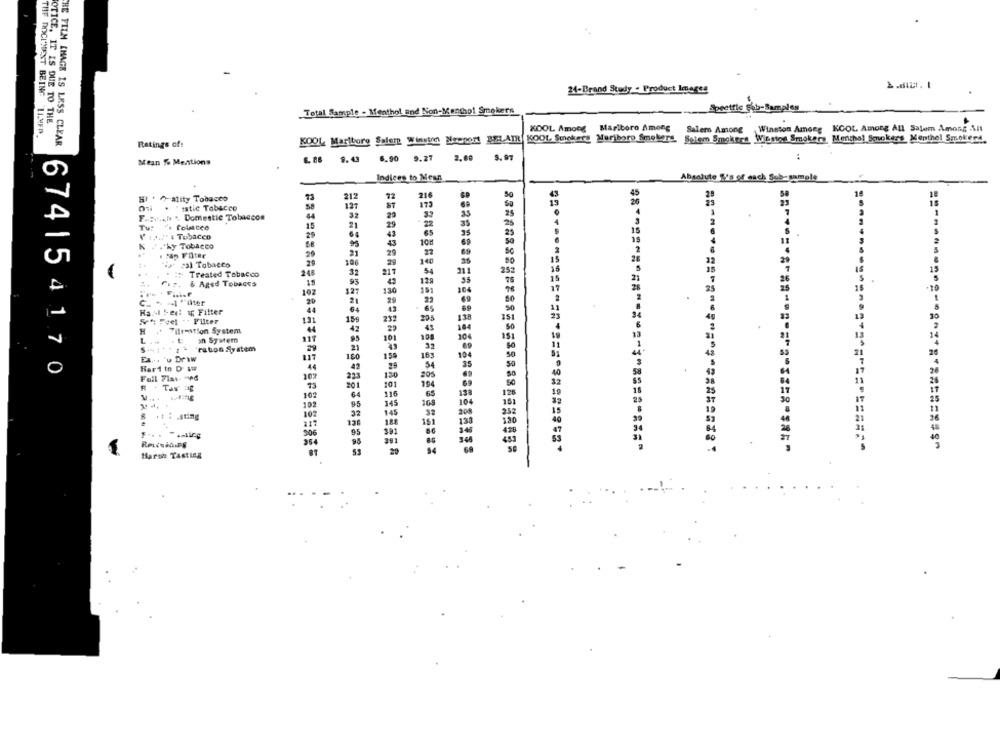
24-Brand Study - Product Images
2.du. 1
Total Sample - Menthol and Non-Menthol Smokers
Speetfic Fib-Samples
OTICE, IT IS DUE TO THE
KOOL Among Marlboro Among
Salero Among Winston Among KOOL Among ALL Salem Among All
THE DOCUMENT BEING 'LLMED.
THE FILM IMAGE IS LESS CLEAR
KOOL Marlboro Saler Winston Nreport BE ATR KOOL, Stickers Marlboro Smokers. Selem Smokers Winsios Smokers Menthol Smokers Menthol Smokers
Ratings of:
6. 88 9.43 6.90 9.27
2.00 5.97
Mean %% Mentions
Indices to Mean
Aha
de "'n of each Sub-sample
212
216
Hi * ~ ality Tobacco
23
"" istic Tobacco
137
ST
173
F .:. let's Domestic Tobaccos
32
29
Tw
15
21
29
- 22
35
35
V 13H's Tobacen
25
64
N . . "ky Tobacco
43
10
No Filter
21
29
cal Tobacco
29
106
29
140
35
252
.+
Treated Tobacco
245
32
217
S
& Aged Tobaces
93
43
25
102
127
130
151
15
20
21
29
22
65
HaMl bedt ip Filter
64
==============
5% Feel " Filter
15g
212
29
H
Tilrestion System
42
29
43
104
an System
95
101
10
1
21
32
69
'ration System
Ea ... 'u Draw
117
160
159
10€
Har1 to D &W
42
29
54
35
6741 54170
10%
120
20
101
194
R
+ Tas DE
201
102
64
116
65
13
102
145
10
102
32
145
32
188
161
13
906
95
391
86
364
95
54
=============
Harsh Tasting